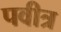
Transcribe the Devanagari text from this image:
पवीत्र